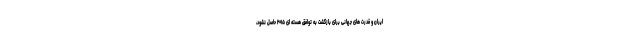
ایران و قدرت های جهانی برای بازگشت به توافق هسته ای ۲۰۱۵ حاصل نشود،